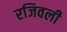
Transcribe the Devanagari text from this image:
रजिवली